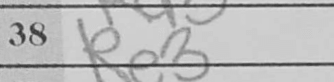
Transcription: Re3